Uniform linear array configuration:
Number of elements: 16
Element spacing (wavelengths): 1
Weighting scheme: hann
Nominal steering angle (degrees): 15
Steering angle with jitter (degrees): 16.745
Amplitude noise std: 0.05
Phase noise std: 0.05

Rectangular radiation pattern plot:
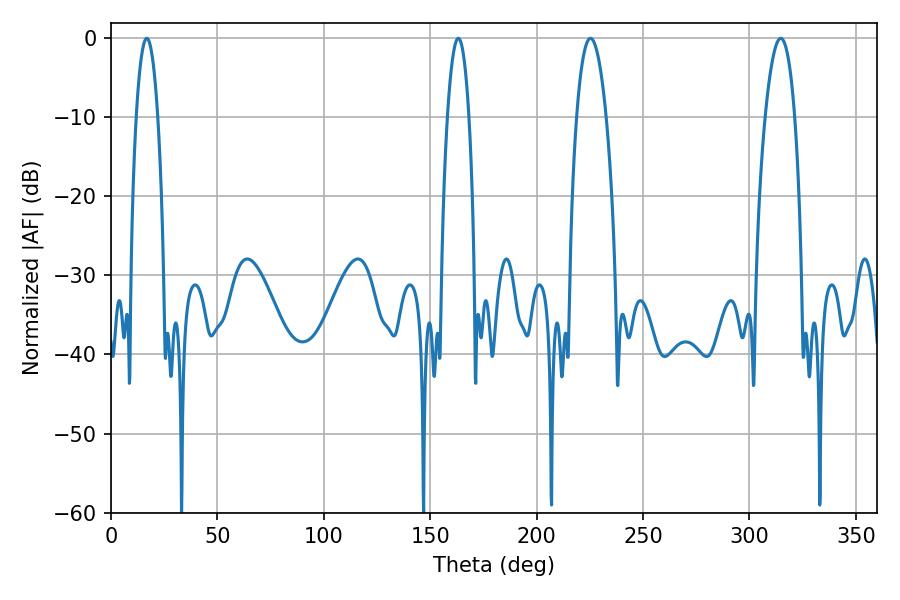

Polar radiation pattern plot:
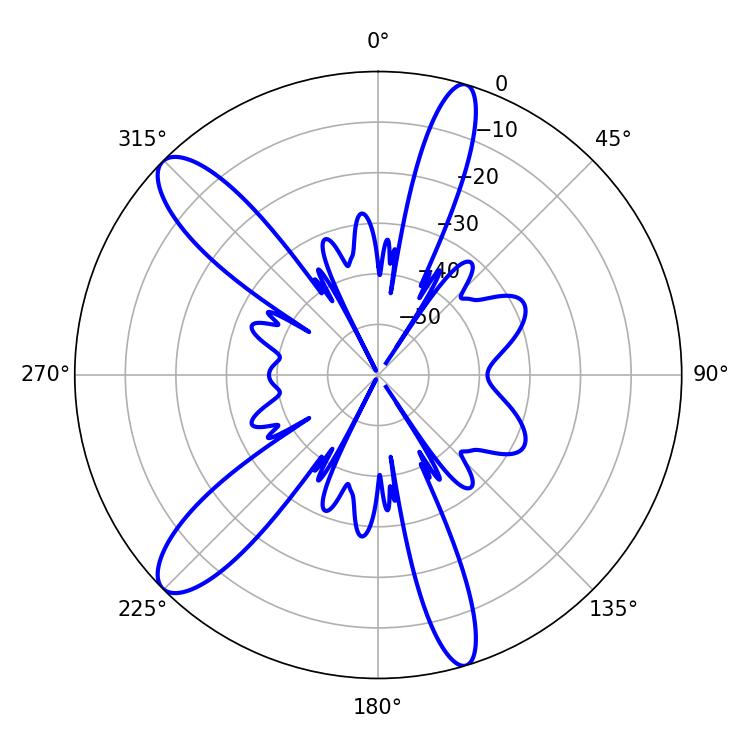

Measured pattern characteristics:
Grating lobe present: TRUE
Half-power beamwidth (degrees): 7.74
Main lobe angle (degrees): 225.36